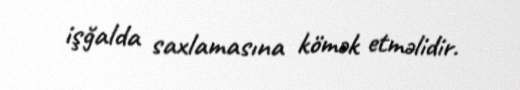
işğalda saxlamasına kömək etməlidir.